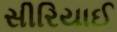
સીરિયાઈ